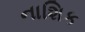
નાશિક